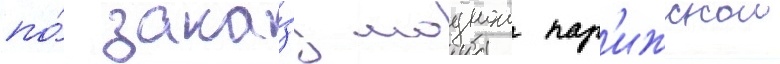
по́ зака́зу моднои пар'ижскои